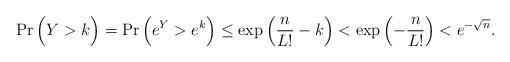
LaTeX: \begin{align*}\Pr\Big(Y>k\Big)=\Pr\Big(e^Y > e^k \Big)\le\exp\left(\frac{n}{L!} - k\right)<\exp\left(-\frac{n}{L!}\right)<e^{-\sqrt n}.\end{align*}